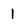
Character: 1